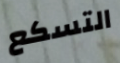
التسكع